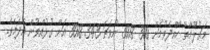
މަޢުލޫމާތު ހޯއްދެވުމަށް 300 3018 ނުވަތަ 343 3018 އަށް ގުޅުއްވުން އެދެމެވެ.